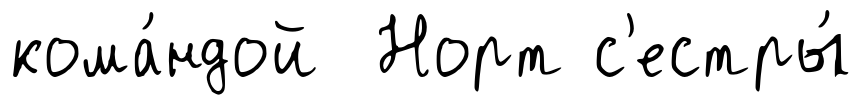
кома́ндой Норт с'естры́